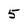
Character: 5